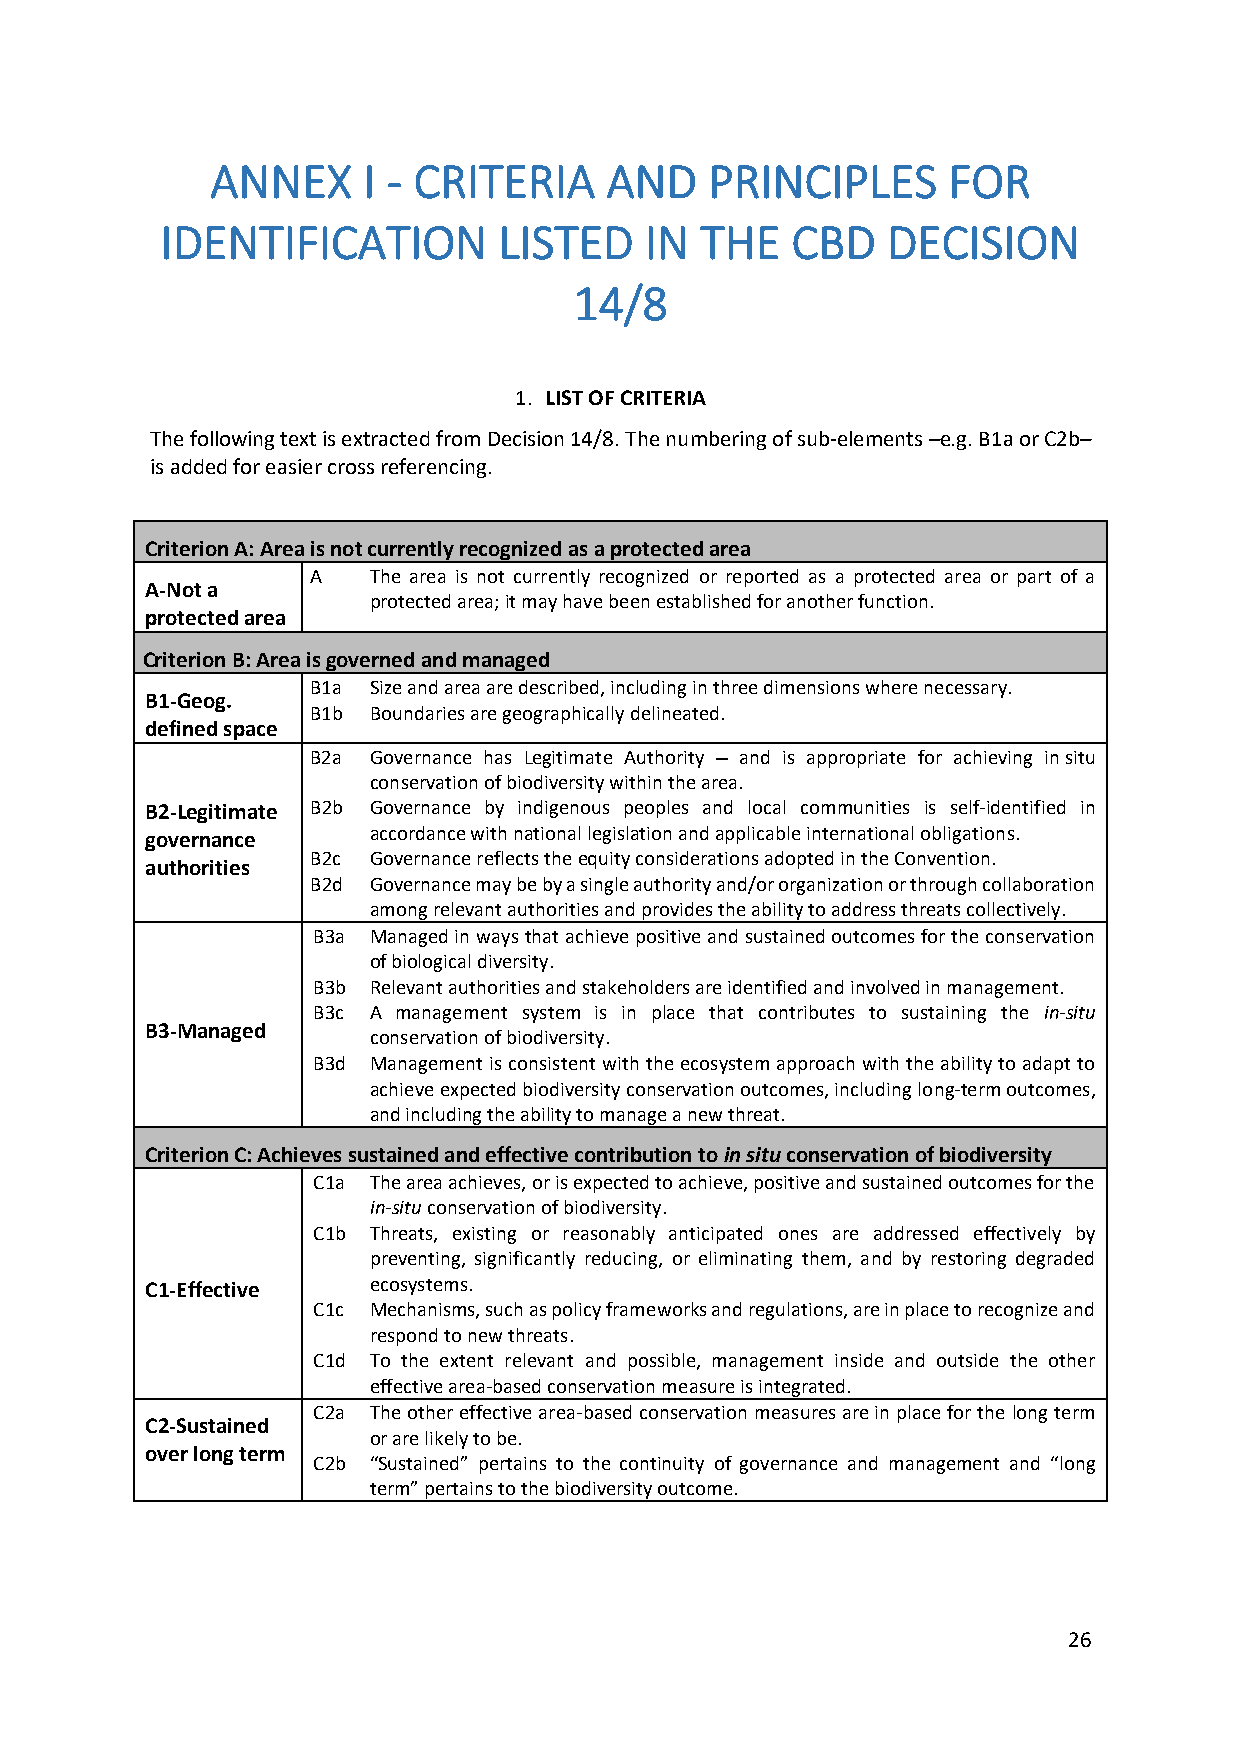
ANNEX     I - CRITERIA    AND    PRINCIPLES      FOR
 IDENTIFICATION        LISTED    IN THE   CBD    DECISION
 14/8
 1. LIST OF CRITERIA
 The following text is extracted from Decision 14/8. The numbering of sub-elements –e.g. B1a or C2b–
 is added for easier cross referencing.
 Criterion A: Area is not currently recognized as a protected area
 A  The area is not currently recognized or reported as a protected area or part of a
 A-Not a
 protected area; it may have been established for another function.
 protected area
 Criterion B: Area is governed and managed
 B1a Size and area are described, including in three dimensions where necessary.
 B1-Geog.
 B1b Boundaries are geographically delineated.
 defined space
 B2a Governance has Legitimate Authority and is appropriate for achieving in situ
 conservation of biodiversity within the area.
 B2-Legitimate B2b Governance by indigenous peoples and local communities is self-identified in
 governance    accordance with national legislation and applicable international obligations.
 B2c Governance reflects the equity considerations adopted in the Convention.
 authorities
 B2d Governance may be by a single authority and/or organization or through collaboration
 among relevant authorities and provides the ability to address threats collectively.
 B3a Managed in ways that achieve positive and sustained outcomes for the conservation
 of biological diversity.
 B3b Relevant authorities and stakeholders are identified and involved in management.
 B3c A management system is in place that contributes to sustaining the in-situ
 B3-Managed
 conservation of biodiversity.
 B3d Management is consistent with the ecosystem approach with the ability to adapt to
 achieve expected biodiversity conservation outcomes, including long-term outcomes,
 and including the ability to manage a new threat.
 Criterion C: Achieves sustained and effective contribution to in situ conservation of biodiversity
 C1a The area achieves, or is expected to achieve, positive and sustained outcomes for the
 in-situ conservation of biodiversity.
 C1b Threats, existing or reasonably anticipated ones are addressed effectively by
 preventing, significantly reducing, or eliminating them, and by restoring degraded
 C1-Effective  ecosystems.
 C1c Mechanisms, such as policy frameworks and regulations, are in place to recognize and
 respond to new threats.
 C1d To the extent relevant and possible, management inside and outside the other
 effective area-based conservation measure is integrated.
 C2a The other effective area-based conservation measures are in place for the long term
 C2-Sustained
 or are likely to be.
 over long term
 C2b “Sustained” pertains to the continuity of governance and management and “long
 term” pertains to the biodiversity outcome.
 26